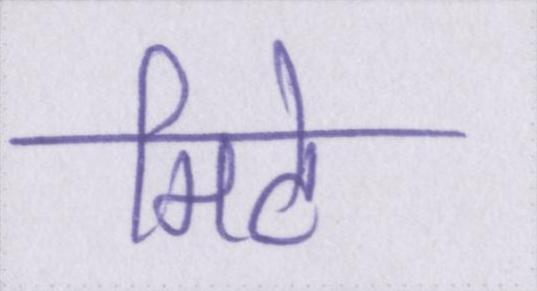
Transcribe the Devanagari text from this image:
मिटे